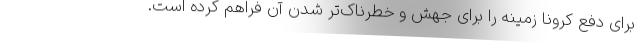
برای دفع کرونا زمینه را برای جهش و خطرناک‌تر شدن آن فراهم کرده است.